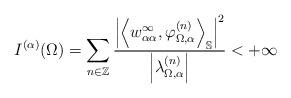
LaTeX: \begin{align*} I^{(\alpha)}(\Omega) = \sum_{n \in \mathbb{Z}} \frac{\left|\left\langle w^\infty_{\alpha\alpha}, \varphi^{(n)}_{\Omega, \alpha}\right\rangle_{\mathbb{S}}\right|^{2}}{\left|\lambda^{(n)}_{\Omega, \alpha}\right|} < + \infty \end{align*}